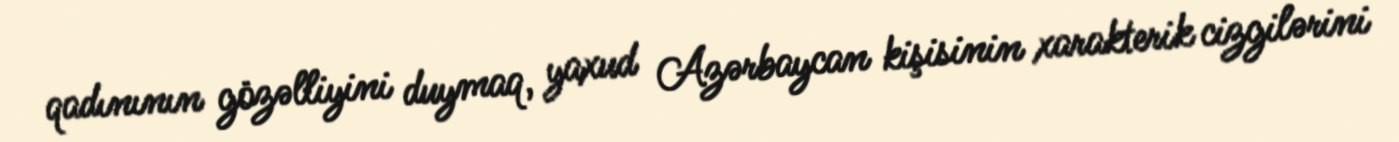
qadınının gözəlliyini duymaq, yaxud Azərbaycan kişisinin xarakterik cizgilərini